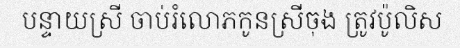
បន្ទាយស្រី ចាប់រំលោភកូនស្រីចុង ត្រូវប៉ូលិស